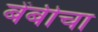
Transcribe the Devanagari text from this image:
बेंबीचा